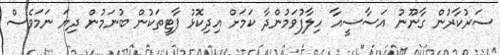
ސަރުކާރުން ގާނޫނު އަސާސީއާ ހިލާފުވަމުންދާ ކަމަށް އިދިކޮޅު ޕާޓީތަކުން ބުނަމުން ދިޔަ ނަމަވެސް